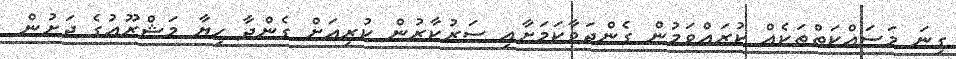
ގިނަ މަސައްކަތްތަކެއް ކުރައްވަމުން ގެންދަވާކަމަށާއި ސަރުކާރުން ކުރިއަށް ގެންދާ ހިޔާ މަޝްރޫޢުގެ ދަށުން